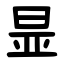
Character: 㫫